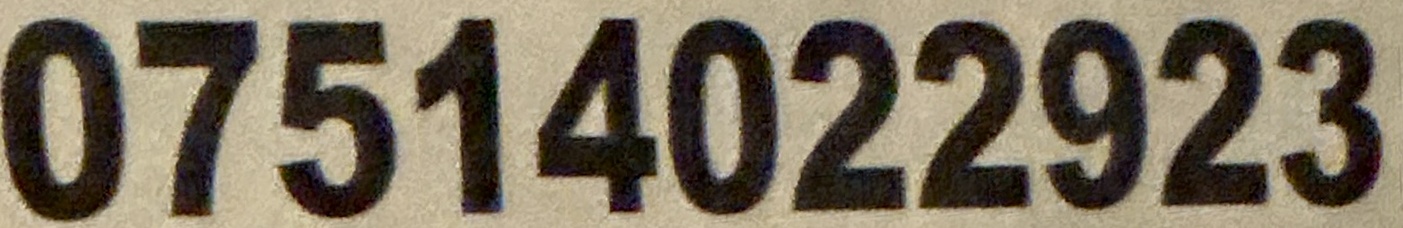
07514022923